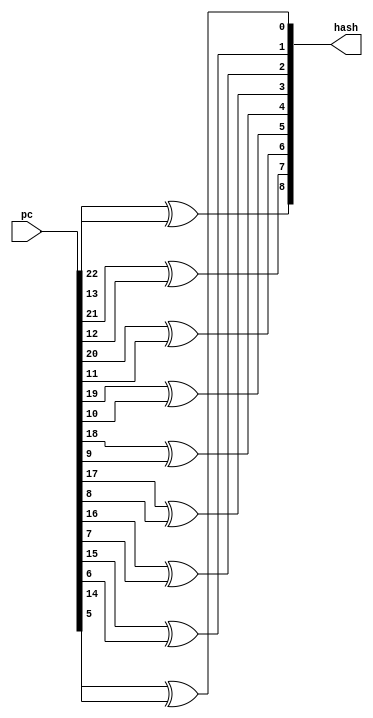
module rvbtb_tag_hash
(
  pc,
  hash
);

  input [31:1] pc;
  output [8:0] hash;
  wire [8:0] hash;
  assign hash[8] = pc[23] ^ pc[14];
  assign hash[7] = pc[22] ^ pc[13];
  assign hash[6] = pc[21] ^ pc[12];
  assign hash[5] = pc[20] ^ pc[11];
  assign hash[4] = pc[19] ^ pc[10];
  assign hash[3] = pc[18] ^ pc[9];
  assign hash[2] = pc[17] ^ pc[8];
  assign hash[1] = pc[16] ^ pc[7];
  assign hash[0] = pc[15] ^ pc[6];

endmodule